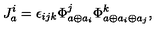
J _ { a } ^ { i } = \epsilon _ { i j k } \Phi _ { a \oplus a _ { i } } ^ { j } \Phi _ { a \oplus a _ { i } \oplus a _ { j } } ^ { k } ,